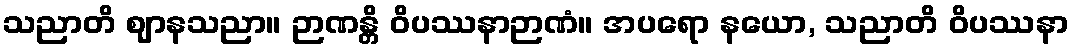
သညာတိ ဈာနသညာ။ ဉာဏန္တိ ဝိပဿနာဉာဏံ။ အပရော နယော, သညာတိ ဝိပဿနာ